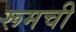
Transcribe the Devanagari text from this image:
रूमची